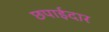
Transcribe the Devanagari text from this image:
छपाईदार